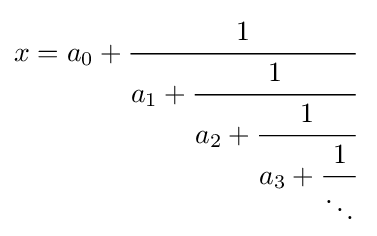
x=a_{0}+{\cfrac {1}{a_{1}+{\cfrac {1}{a_{2}+{\cfrac {1}{a_{3}+{\cfrac {1}{\ddots }}}}}}}}\;